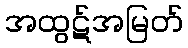
အထွဋ်အမြတ်